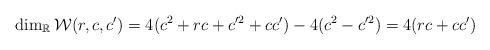
LaTeX: \begin{align*}\dim_{\mathbb{R}}\mathcal{W}(r,c,c') = 4(c^2+rc+c^{\prime 2}+cc')- 4 (c^2-c^{\prime2}) = 4(rc+cc')\end{align*}